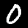
Label: 0